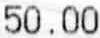
50.00